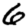
Digit: 6